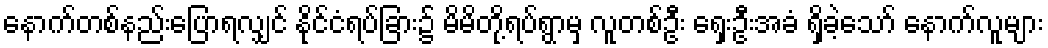
နောက်တစ်နည်းပြောရလျှင် နိုင်ငံရပ်ခြား၌ မိမိတို့ရပ်ရွာမှ လူတစ်ဦး ရှေးဦးအခံ ရှိခဲ့သော် နောက်လူများ